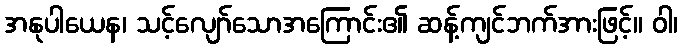
အနုပါယေန၊ သင့်လျော်သောအကြောင်း၏ ဆန့်ကျင်ဘက်အားဖြင့်။ ဝါ၊